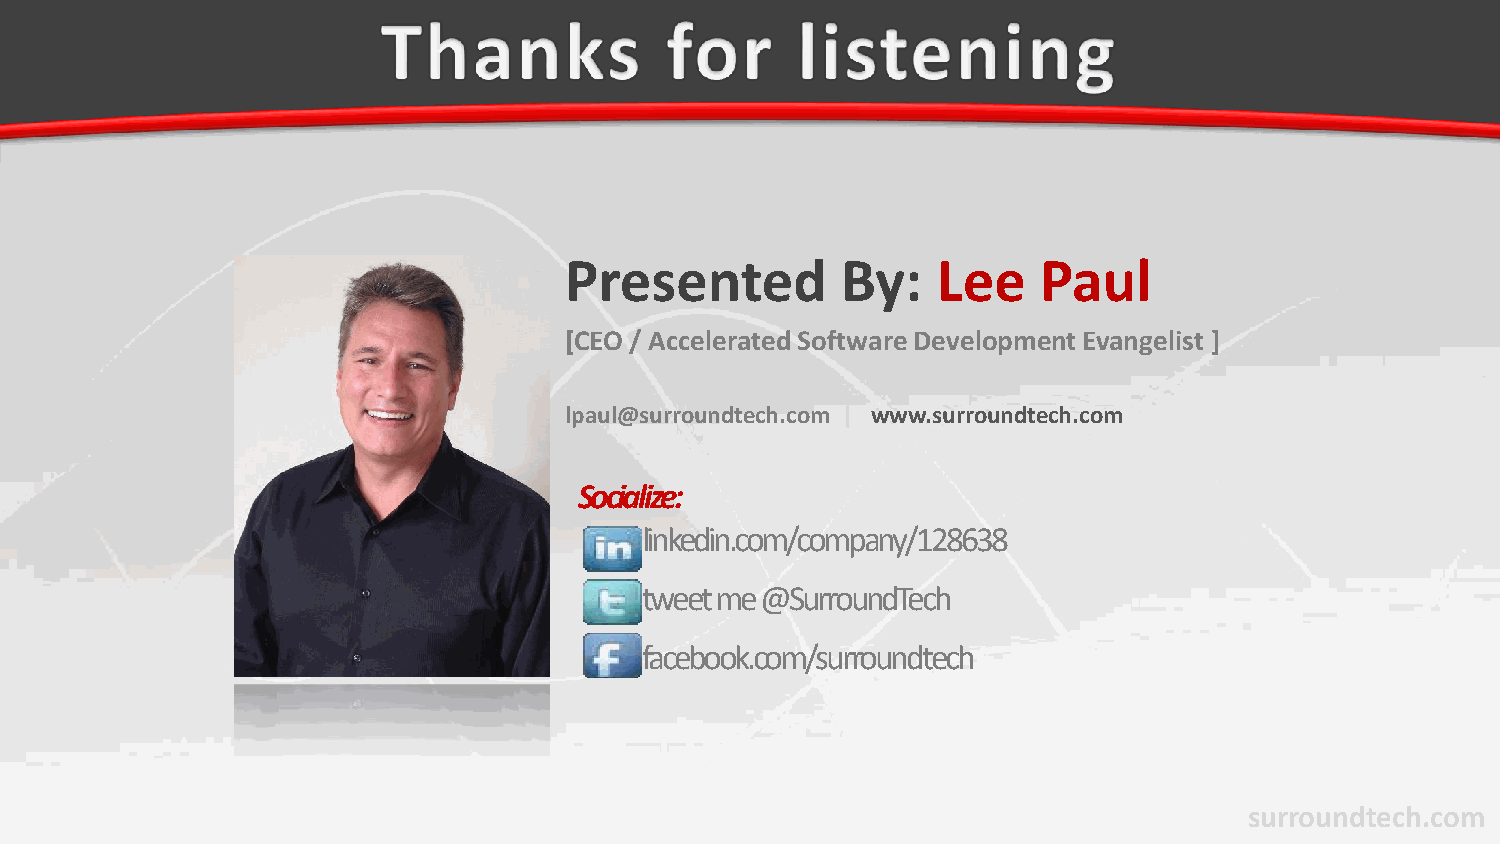
Presented          By:   Lee    Paul
 [CEO / Accelerated Software Development Evangelist ]
 lpaul@surroundtech.com | www.surroundtech.com
 Socialize:
 linkedin.com/company/128638
 tweet me @SurroundTech
 facebook.com/surroundtech
 surroundtech.com